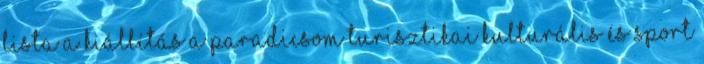
lista A Kiállítás A Paradicsom Turisztikai Kulturális és Sport